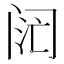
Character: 𬮧